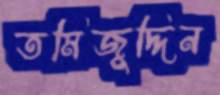
তমিজুদ্দিন